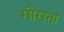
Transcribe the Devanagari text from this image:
गौसना